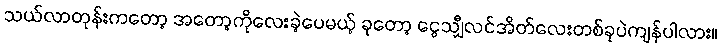
သယ်လာတုန်းကတော့ အတော့ကိုလေးခဲ့ပေမယ့် ခုတော့ ငွေသျှီလင်အိတ်လေးတစ်ခုပဲကျန်ပါလား။